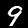
Label: 9